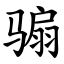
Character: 骟